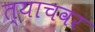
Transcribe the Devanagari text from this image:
त्याचवर